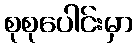
စုစုပေါင်းမှာ